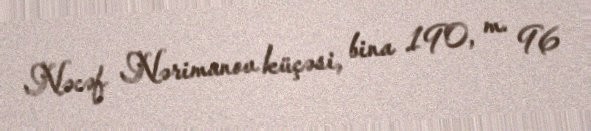
Nəcəf Nərimanov küçəsi, bina 190, m. 96